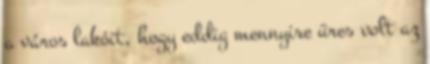
a város lakóit, hogy eddig mennyire üres volt az